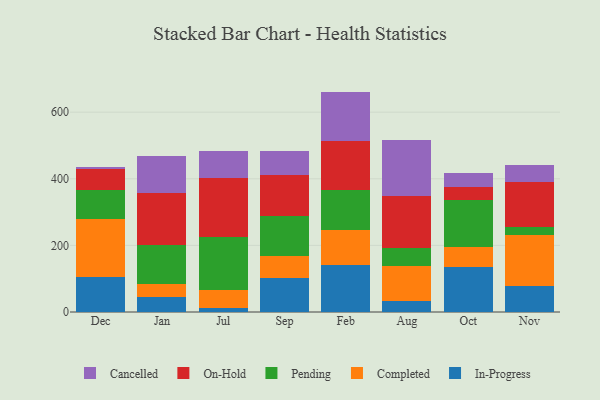
{"axis": {"x": "Month", "y": "Humidity (%)"}, "legend": ["Cancelled", "Completed", "In-Progress", "On-Hold", "Pending"], "data": [{"x": "Dec", "y": 104.0, "type": "In-Progress"}, {"x": "Dec", "y": 174.6, "type": "Completed"}, {"x": "Dec", "y": 88.4, "type": "Pending"}, {"x": "Dec", "y": 61.9, "type": "On-Hold"}, {"x": "Dec", "y": 7.7, "type": "Cancelled"}, {"x": "Jan", "y": 44.6, "type": "In-Progress"}, {"x": "Jan", "y": 39.8, "type": "Completed"}, {"x": "Jan", "y": 116.9, "type": "Pending"}, {"x": "Jan", "y": 156.8, "type": "On-Hold"}, {"x": "Jan", "y": 111.0, "type": "Cancelled"}, {"x": "Jul", "y": 12.5, "type": "In-Progress"}, {"x": "Jul", "y": 54.5, "type": "Completed"}, {"x": "Jul", "y": 159.6, "type": "Pending"}, {"x": "Jul", "y": 176.1, "type": "On-Hold"}, {"x": "Jul", "y": 80.0, "type": "Cancelled"}, {"x": "Sep", "y": 102.8, "type": "In-Progress"}, {"x": "Sep", "y": 65.3, "type": "Completed"}, {"x": "Sep", "y": 119.2, "type": "Pending"}, {"x": "Sep", "y": 123.2, "type": "On-Hold"}, {"x": "Sep", "y": 74.4, "type": "Cancelled"}, {"x": "Feb", "y": 141.6, "type": "In-Progress"}, {"x": "Feb", "y": 104.8, "type": "Completed"}, {"x": "Feb", "y": 119.5, "type": "Pending"}, {"x": "Feb", "y": 148.3, "type": "On-Hold"}, {"x": "Feb", "y": 147.6, "type": "Cancelled"}, {"x": "Aug", "y": 32.7, "type": "In-Progress"}, {"x": "Aug", "y": 106.2, "type": "Completed"}, {"x": "Aug", "y": 53.5, "type": "Pending"}, {"x": "Aug", "y": 156.4, "type": "On-Hold"}, {"x": "Aug", "y": 167.3, "type": "Cancelled"}, {"x": "Oct", "y": 135.5, "type": "In-Progress"}, {"x": "Oct", "y": 59.2, "type": "Completed"}, {"x": "Oct", "y": 142.4, "type": "Pending"}, {"x": "Oct", "y": 37.1, "type": "On-Hold"}, {"x": "Oct", "y": 42.2, "type": "Cancelled"}, {"x": "Nov", "y": 78.0, "type": "In-Progress"}, {"x": "Nov", "y": 151.8, "type": "Completed"}, {"x": "Nov", "y": 26.9, "type": "Pending"}, {"x": "Nov", "y": 133.1, "type": "On-Hold"}, {"x": "Nov", "y": 52.1, "type": "Cancelled"}]}